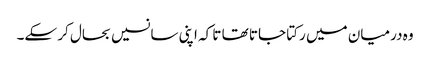
وہ درمیان میں رکتا جاتا تھا تا کہ اپنی سانسیں بحال کر سکے۔